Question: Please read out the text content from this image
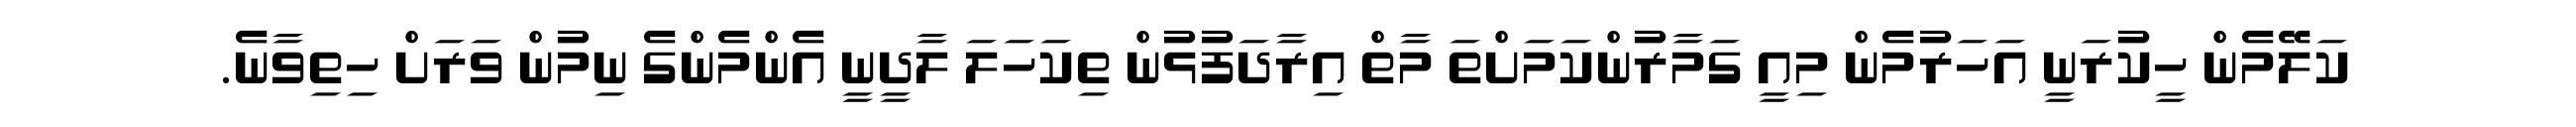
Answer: ކަލޭމެން ހީކުރަނީ އަހަރުމެން މިއީ ގަމާރުންކަމަށްތަ މާތް އިރާދަފުޅުން ތިކަހަލަ ލާދީނީ އެންމެންގެ ނިމުން ވަރަށް ހިތިވާނެ.